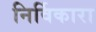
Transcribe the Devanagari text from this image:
निर्विकारा